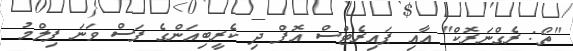
"ތޯ: ރެގްނަރޮކް" އާއި ޕައިރެޓްސް އޮފް ދި ކެރީބިއަންގެ ފަސް ވަނަ ފިލްމު